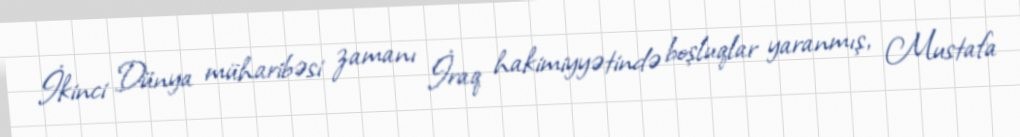
İkinci Dünya müharibəsi zamanı İraq hakimiyyətində boşluqlar yaranmış, Mustafa